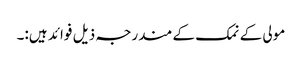
مولی کے نمک کے مندرجہ ذیل فوائد ہیں:۔